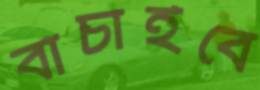
বাঁচাইবে